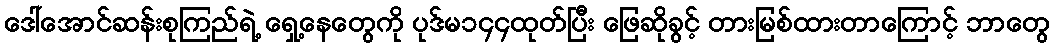
ဒေါ်အောင်ဆန်းစုကြည်ရဲ့ ရှေ့နေတွေကို ပုဒ်မ၁၄၄ထုတ်ပြီး ဖြေဆိုခွင့် တားမြစ်ထားတာကြောင့် ဘာတွေ